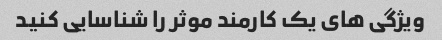
ویژگی های یک کارمند موثر را شناسایی کنید